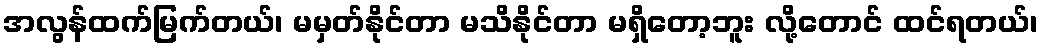
အလွန်ထက်မြက်တယ်၊ မမှတ်နိုင်တာ မသိနိုင်တာ မရှိတော့ဘူး လို့တောင် ထင်ရတယ်၊